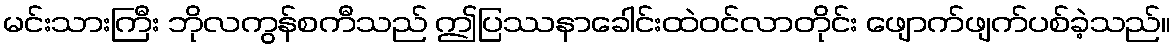
မင်းသားကြီး ဘိုလကွန်စကီသည် ဤပြဿနာခေါင်းထဲဝင်လာတိုင်း ဖျောက်ဖျက်ပစ်ခဲ့သည်။